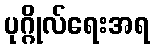
ပုဂ္ဂိုလ်ရေးအရ